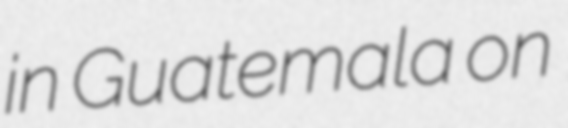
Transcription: in Guatemala on